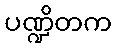
ပဏ္ဍိတက